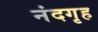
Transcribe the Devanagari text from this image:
नंदगृह